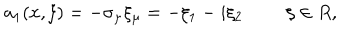
LaTeX: a _ { 1 } ( x , \xi ) = - \sigma _ { \mu } \xi _ { \mu } = - \xi _ { 1 } - i \xi _ { 2 } \, \, \, \, \, \, \, \, \, \, \, \, \, \, \xi \in R ,